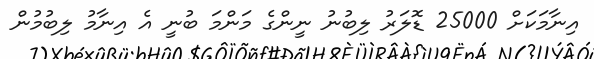
އިނާމަކަށް 25000 ޑޮލަރު ލިބުނު ނީންގެ މަންމަ ބުނީ އެ އިނާމު ލިބުމުން